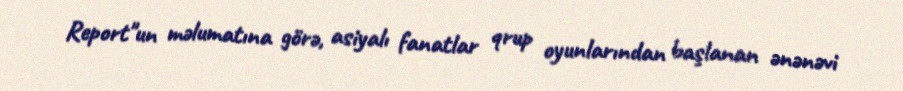
Report"un məlumatına görə, asiyalı fanatlar qrup oyunlarından başlanan ənənəvi